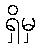
ရှိမှ